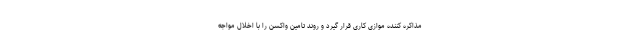
مذاکره کننده موازی کاری قرار گیرد و روند تامین واکسن را با اخلال مواجه